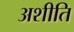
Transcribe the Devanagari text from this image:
अशीति